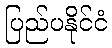
ပြည်ပနိုင်ငံ